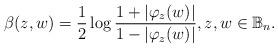
LaTeX: \begin{align*} \beta(z,w)= \dfrac{1}{2} \log \dfrac{1+|\varphi_z(w)|}{1-|\varphi_z(w)|}, z,w\in \mathbb{B}_n.\end{align*}